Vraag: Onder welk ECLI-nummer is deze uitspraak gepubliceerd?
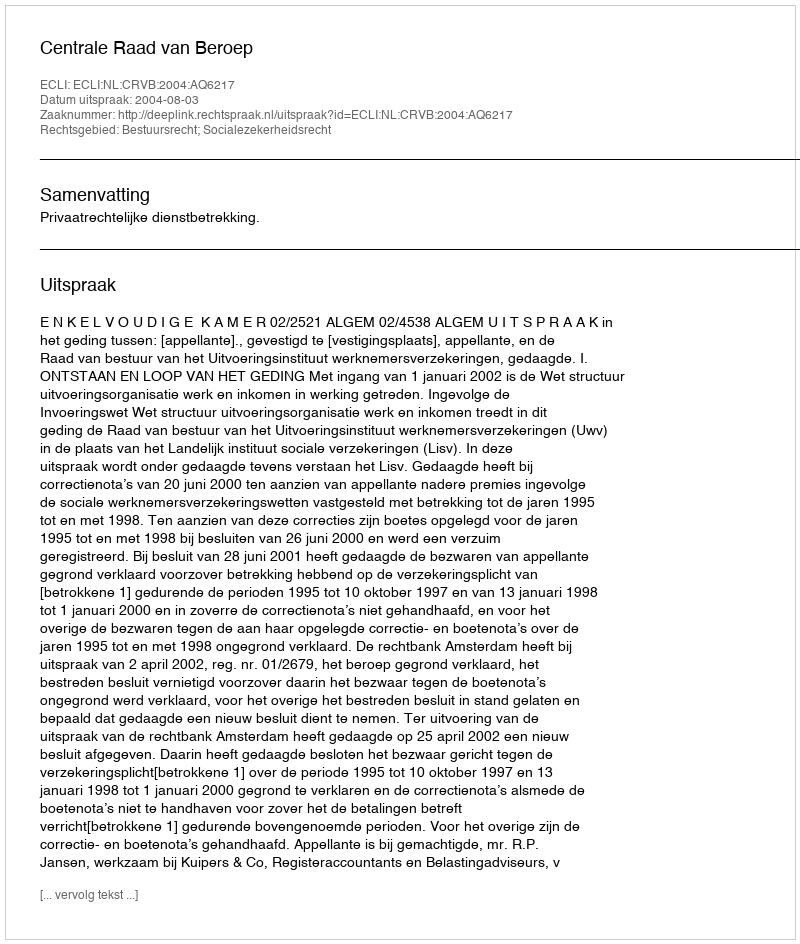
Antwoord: ECLI:NL:CRVB:2004:AQ6217